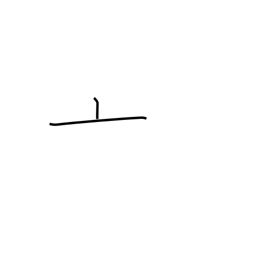
Meaning: kettle lid radical (no. 8)